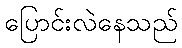
ပြောင်းလဲနေသည်